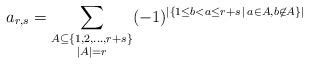
LaTeX: \begin{align*}a_{r,s}=\sum_{\substack{A\subseteq \{1,2,\ldots, r+s\}\\ |A|=r}}(-1)^{|\{1\le b<a\le r+s\,|\,a\in A, b\not\in A\}|}\end{align*}